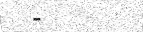
-